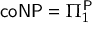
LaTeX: { \mathsf { c o N P } } = \Pi _ { 1 } ^ { \mathsf { P } }